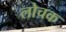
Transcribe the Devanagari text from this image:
लोचक